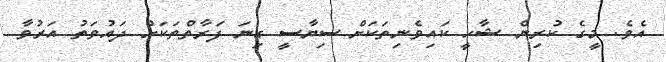
އެވެ. މީގެ ކުރިން ޝާހީ ކައިވެނިތަކަށް ސިޔާސީ ގިނަ ފަރާތްތަކަށް ދައުވަތު އަރުވާ